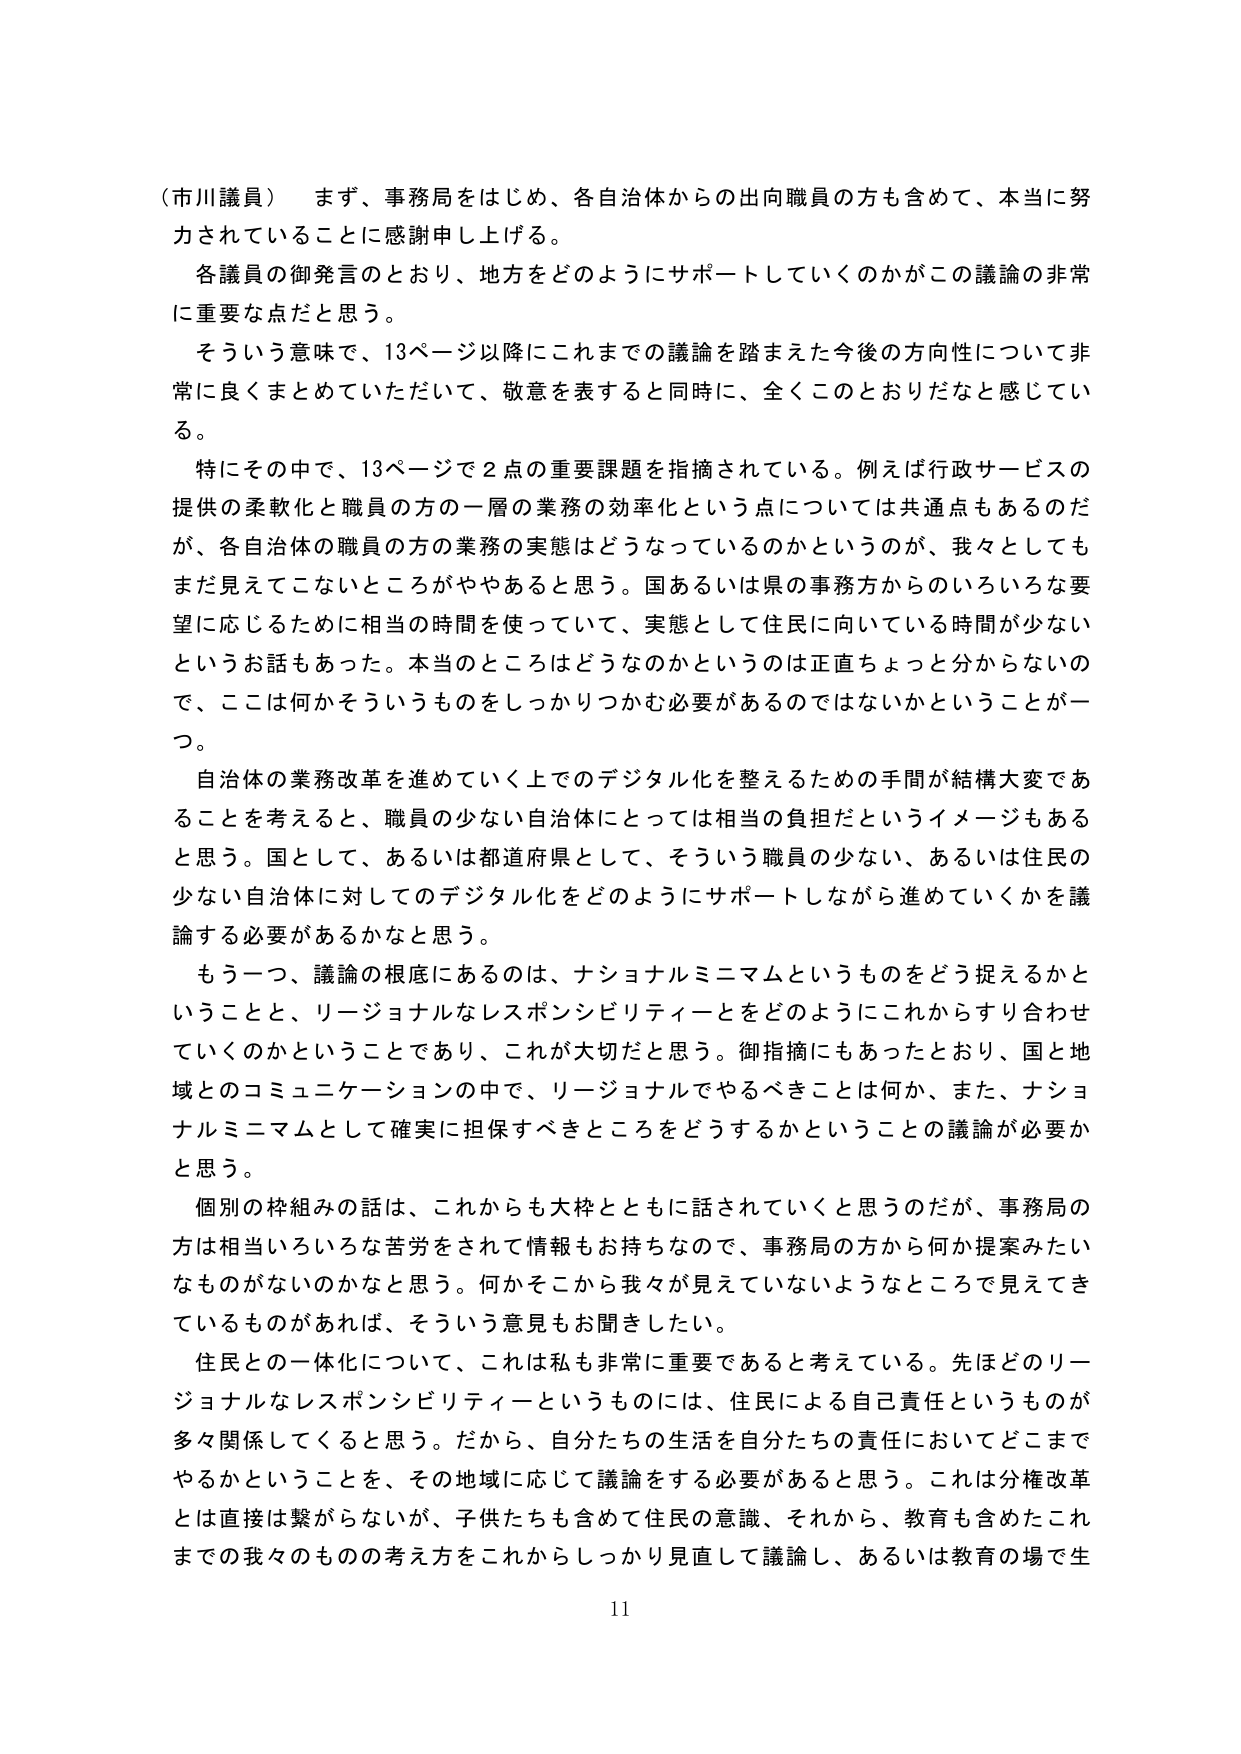
（市川議員） まず、事務局をはじめ、各自治体からの出向職員の方も含めて、本当に努力されていることに感謝申し上げる。

各議員の御発言のとおり、地方をどのようにサポートしていくのかがこの議論の非常に重要な点だと思う。

そういう意味で、13ページ以降にこれまでの議論を踏まえた今後の方針性について非常に良くまとめていただいて、敬意を表すると同時に、全くこのとおりだなと感じている。

特にその中で、13ページで2点の重要課題を指摘されている。例えば行政サービスの提供の柔軟化と職員の方の一層の業務の効率化という点については共通点もあるのだが、各自治体の職員の方の業務の実態はどうなっているのかというのが、我々としてもまだ見てこないところがややあると思う。国あるいは県の事務方からのいろいろな要望に応じるために相当の時間を使っていて、実態として住民に向いている時間が少ないというお話もあった。本当のところはどうなのかというのは正直ちょっと分からないので、ここは何かそういうものをしっかりつかむ必要があるのではないかということが一つ。

自治体の業務改革を進めていく上でのデジタル化を整えるための手間が結構大変であることを考えると、職員の少ない自治体にとっては相当の負担だというイメージもあると思う。国として、あるいは都道府県として、そういう職員の少ない、あるいは住民の少ない自治体に対してのデジタル化をどのようにサポートしながら進めていくかを議論する必要があるかなと思う。

もう一つ、議論の根底にあるのは、ナショナルミニマムというものをどう捉えるかということと、リージョナルなレスポンシビリティ―とをどのようにこれからすり合わせていくのかということであり、これが大切だと思う。御指摘にもあったとおり、国と地域とのコミュニケーションの中で、リージョナルでやるべきことは何か、また、ナショナルミニマムとして確実に担保すべきところをどうするかというものの議論が必要かと思う。

個別の枠組みの話は、これからも大枠とともに話されていくと思うのだが、事務局の方は相当いろいろな苦労をされて情報もお持ちなので、事務局の方から何か提案みたいなものがないのかなと思う。何かそこから我々が見えていないようなところで見えてきているものがあれば、そういう意見もお聞きしたい。

住民との一体化について、これは私も非常に重要であると考えている。先ほどのリージョナルなレスポンシビリティ―というものには、住民による自己責任というものが多々関係してくると思う。だから、自分たちの生活を自分たちの責任においてどこまでやるかということを、その地域に応じて議論をする必要があると思う。これは分権改革とは直接は繋がらないが、子供たちも含めて住民の意識、それから、教育も含めたこれまでの我々のものの考え方をこれからしっかり見直して議論し、あるいは教育の場で生

11